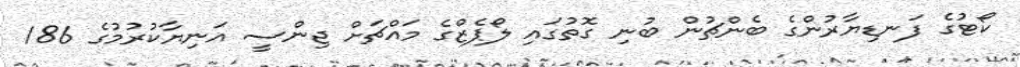
ކޯޓުގެ ފަނޑިޔާރުންގެ ބެންޗުން ބުނި ގޮތުގައި ލޯޕެޒްގެ މައްޗަށް ޖިންސީ އަނިޔާކުރުމުގެ 186